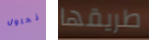
نحاول طريقها